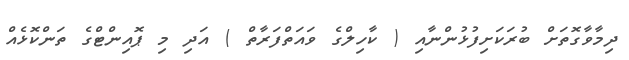
ދިމާވާގޮތަށް ބުރަކަށިފުޅުންނާއި ( ކާހިލްގެ ވައަތްފަރާތް ) އަދި މި ޕޮއިންޓްގެ ތަންކޮޅެއް